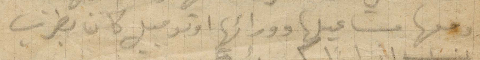
ومعها مشاعليها وورائها اوتومبيل كان يضرب